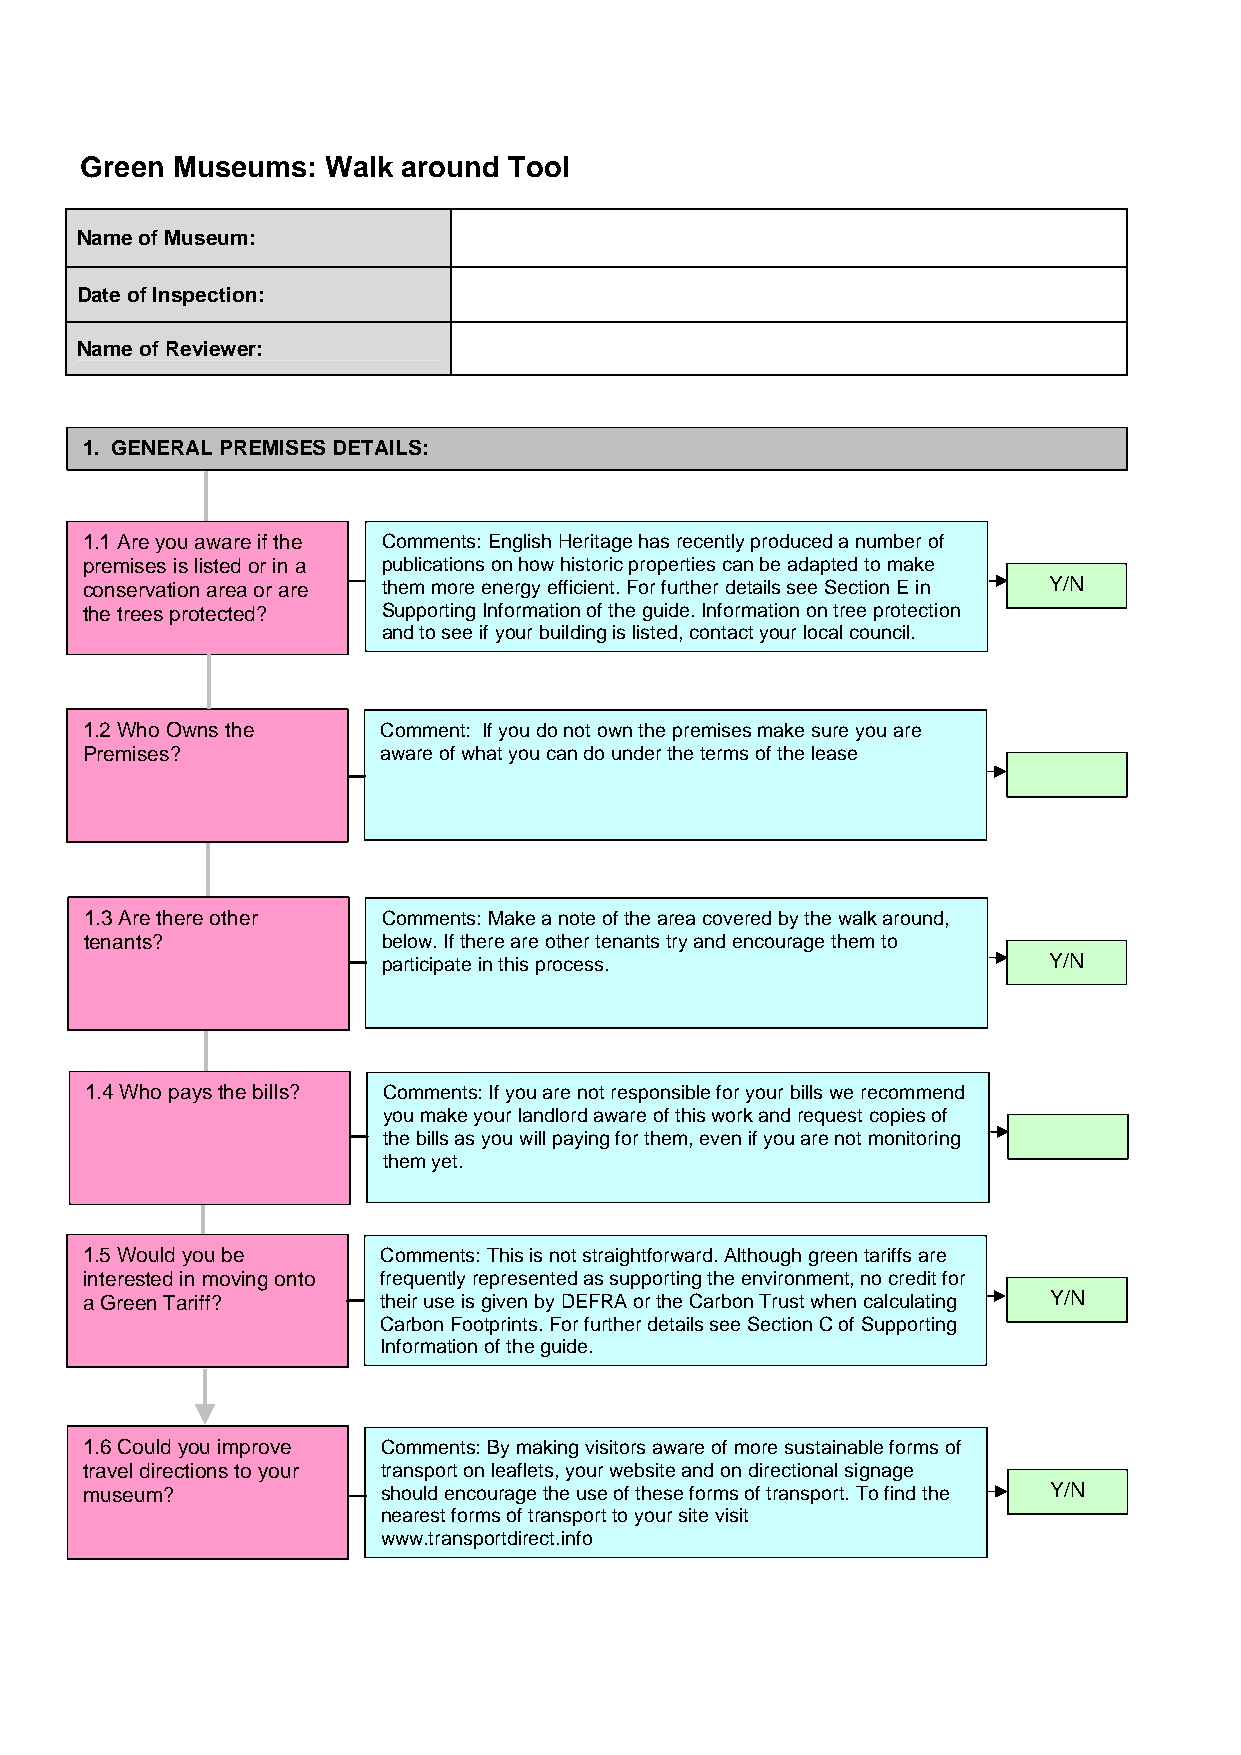
Green Museums:   Walk around Tool
 Name of Museum:
 Date of Inspection:
 Name of Reviewer:
 1. GENERAL PREMISES DETAILS:
 1.1 Are you aware if the Comments: English Heritage has recently produced a number of
 premises is listed or in a publications on how historic properties can be adapted to make
 conservation area or are them more energy efficient. For further details see Section E in Y/N
 the trees protected? Supporting Information of the guide. Information on tree protection
 and to see if your building is listed,contact your local council.
 1.2 Who Owns the    Comment: If you do not own the premises make sure you are
 Premises?           aware of what you can do under the terms of the lease
 1.3 Are there other Comments: Make a note of the area covered by the walk around,
 tenants?           below. If there are other tenants try and encourage them to
 participate in this process.                Y/N
 1.4 Who pays the bills? Comments: If you are not responsible for your bills we recommend
 you make your landlord aware of this work and request copies of
 the bills as you will paying for them, even if you are not monitoring
 them yet.
 1.5 Would you be    Comments: This is not straightforward. Although green tariffs are
 interested in moving onto frequently represented as supporting the environment, no credit for
 a Green Tariff?     their use is given by DEFRA or the Carbon Trust when calculating Y/N
 Carbon Footprints. For further details see Section C of Supporting
 Information of the guide.
 1.6 Could you improve Comments: By making visitors aware of more sustainable forms of
 travel directions to your transport on leaflets, your website and on directional signage
 museum?            should encourage the use of these forms of transport. To find the Y/N
 nearest forms of transport to your site visit
 www.transportdirect.info